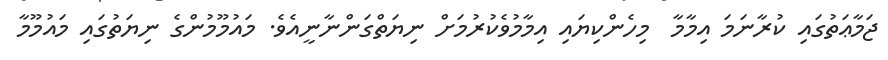
ޖަމާޢަތުގައި ކުރާނަމަ އިމާމާ  މިހެންކިޔައި އިމާމުވެކުރުމަށް ނިޔަތްގަންނާނީއެވެ. މައުމޫމުންގެ ނިޔަތުގައި މައުމޫމާ